Report on the bubonic plague in Bombay, 1896-1897
Year: 1896
Disease focus: Plague
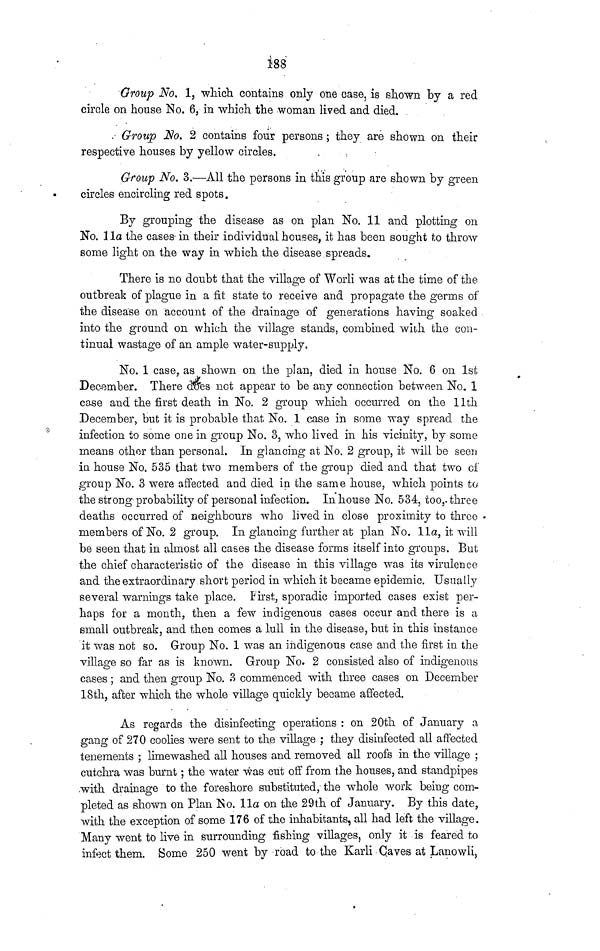
188
Group No. 1. which contains only one case, is shown by a red
circle on house No. 6, in which the woman lived and died.
Group No. 2 contains four persons ; they are shown on their
respective houses by yellow circles.
Group No. 3.—All the persons in this group are shown by green
circles encircling red spots.
By grouping the disease as on plan No. 11 and plotting on
No. 11a the cases· in their individual houses, it has been sought to throw
some light on the way in which the disease spreads.
There is no doubt that the village of Woli was at the time of the
outbreak of plague in a fit state to receive and propagate the germs of
the disease on account of the drainage of generations having soaked
into the ground on which the village stands, combined with the con-
tinual wastage of an ample water-supply.
No. 1 case, as shown on the plan, died in house No. 6 on 1st
December. There does not appear to be any connection between No. 1
case and the first death in No. 2 group which occurred on the 11th
December, but it is probable that No. 1 case in some way spread the
infection to some one in group No. 3, who lived in his vicinity, by some
means other than personal. In glancing at No. 2 group, it will be seen
in house No. 535 that two members of the group died and that two of
group No. 3 were affected and died in the same house, which points to
the strong probability of personal infection. In house No. 534, too, three
deaths occurred of aeighbours who lived in close proximity to three
members of No. 2 group. In glancing further at plan No. 11α, it will
be seen that in almost all cases the disease forms itself into groups. But
the chief characteristic of the disease in this village was its virulence
and the extraordinary short period in which it became epidemic. Usually
several warnings take place. first, sporadic imported cases exist per-
haps for a month, then a few indigenous cases occur and there is a
small outbreak, and then comes a lull in the disease, but in this instance
it was not so. Group No. 1 was an indigenous case and the first in the
village so far as is known. Group No. 2 consisted also of indigenous
cases ; and then group No. 3 commenced with three cases on December
18th, after which the whole village quickly became affected.
As regards the disinfecting operations : on 20th of January a
gang of 270 coolies were sent to the village ; they disinfected all affected
tenements ; limewashed all houses and removed all roofs in the village ;
cutchra was burnt ; the water was cut off from the houses, and standpipes
with drainage to the foreshore substituted, the whole work being com-
pleted as shown on Plan No. 11a on the 29th of January. By this date,
with the exception of some 176 of the inhabitants, all had left the village.
Many went to live in surrounding fishing villages, only it is feared to
infect them. Some 250 went by road to the Karli Caves at Lanowli,